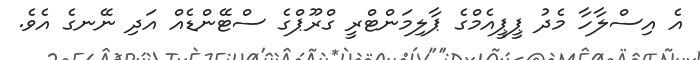
އެ އިސްލާހާ މެދު ޕީޕީއެމްގެ ޕާލިމަންޓްރީ ގްރޫޕްގެ ސްޓޭންޑެއް އަދި ނޭނގެ އެވެ.